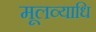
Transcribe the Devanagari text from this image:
मूलव्याधि